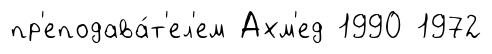
пр'еподава́т'ел'ем Ахм'ед 1990 1972